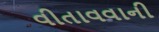
વીતાવવાની